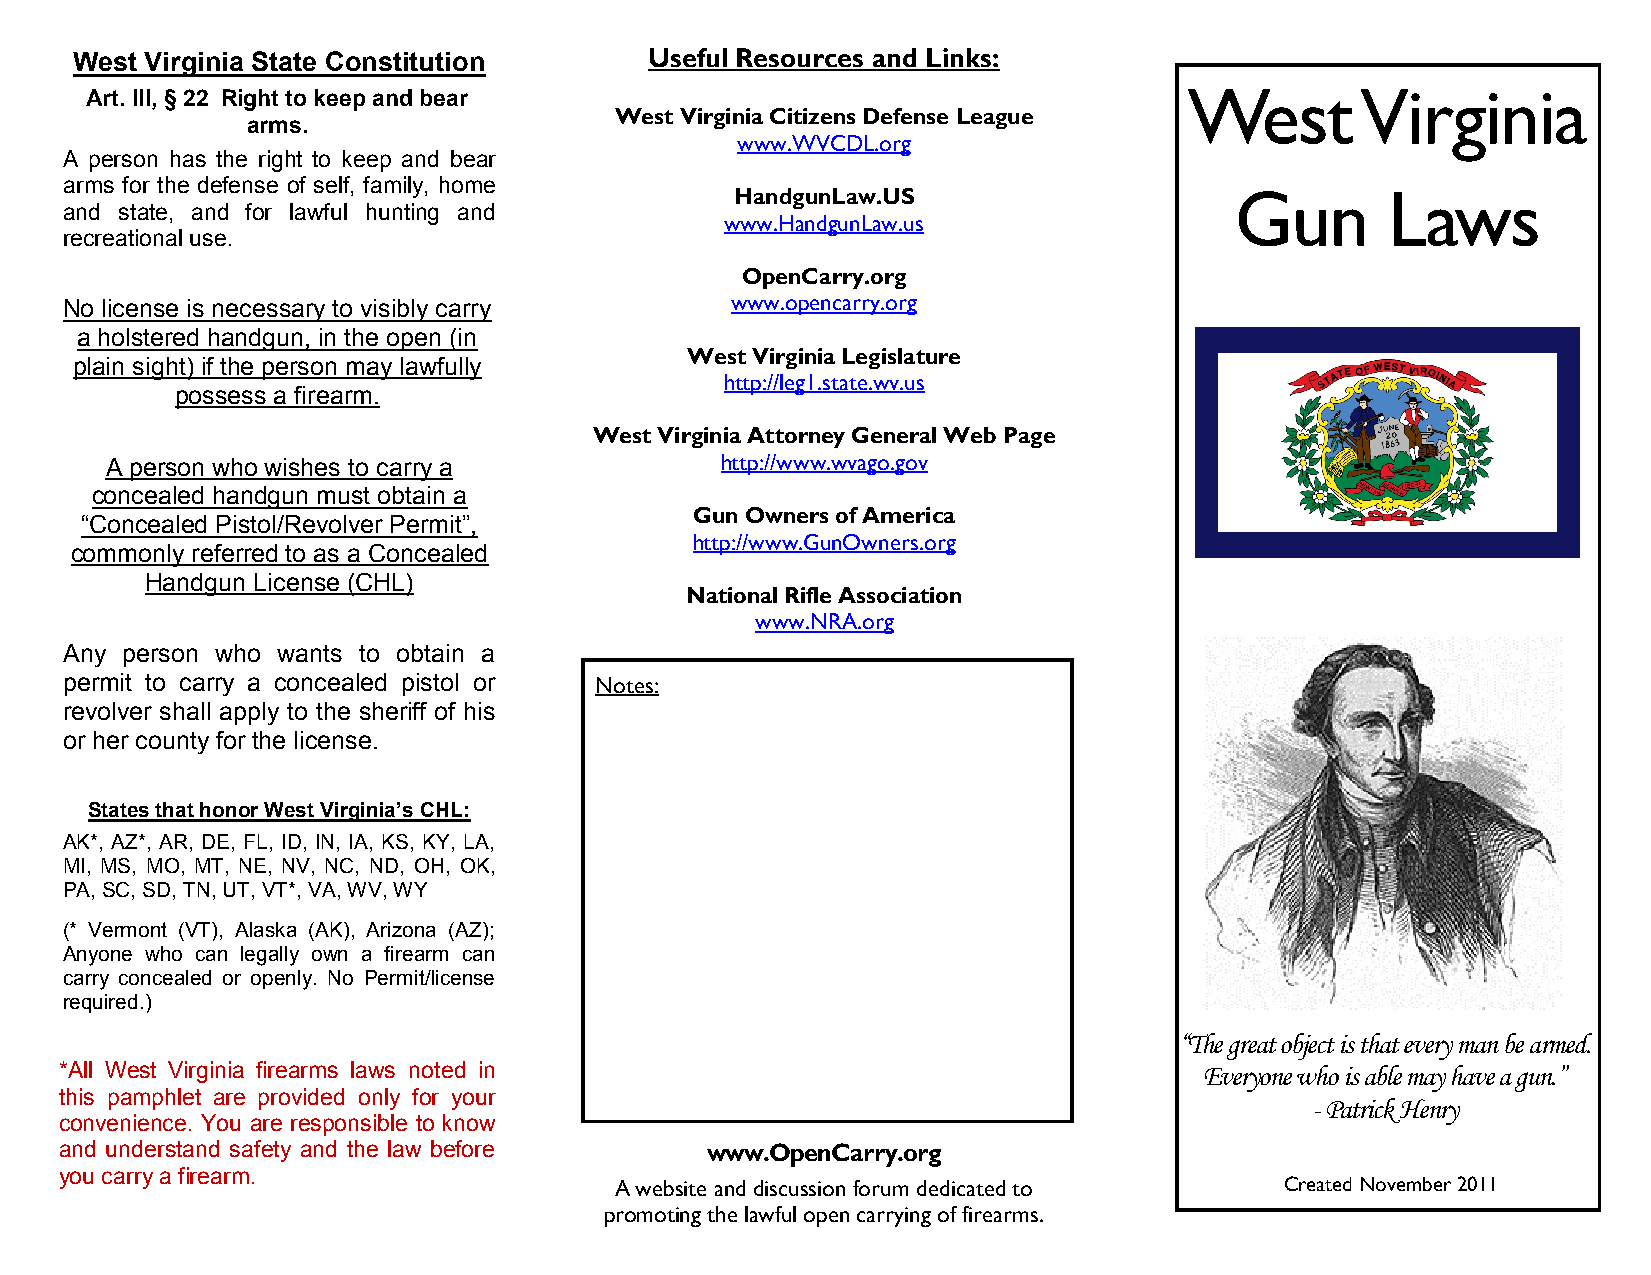
West Virginia State Constitution      Useful Resources and Links:
 Art. III, § 22 Right to keep and bear                                    West       Virginia
 West Virginia Citizens Defense League
 arms.
 www.WVCDL.org
 A person has the right to keep and bear
 arms for the defense of self, family, home
 HandgunLaw.US                    Gun       Laws
 and state, and for lawful hunting and
 www.HandgunLaw.us
 recreational use.
 OpenCarry.org
 No license is necessary to visibly carry    www.opencarry.org
 a holstered handgun, in the open (in
 West Virginia Legislature
 plain sight) if the person may lawfully
 http://leg1.state.wv.us
 possess a firearm.
 West Virginia Attorney General Web Page
 A person who wishes to carry a           http://www.wvago.gov
 concealed handgun must obtain a
 Gun Owners of America
 “Concealed Pistol/Revolver Permit”,
 http://www.GunOwners.org
 commonly referred to as a Concealed
 Handgun License (CHL)
 National Rifle Association
 www.NRA.org
 Any person who wants to obtain a
 permit to carry a concealed pistol or Notes:
 revolver shall apply to the sheriff of his
 or her county for the license.
 States that honor West Virginia’s CHL:
 AK*, AZ*, AR, DE, FL, ID, IN, IA, KS, KY, LA,
 MI, MS, MO, MT, NE, NV, NC, ND, OH, OK,
 PA, SC, SD, TN, UT, VT*, VA, WV, WY
 (* Vermont (VT), Alaska (AK), Arizona (AZ);
 Anyone who can legally own a firearm can
 carry concealed or openly. No Permit/license
 required.)
 “The great object is that every man be armed.
 *All West Virginia firearms laws noted in                                   Everyone who is able may have a gun.”
 this pamphlet are provided only for your
 - Patrick Henry
 convenience. You are responsible to know
 and understand safety and the law before   www.OpenCarry.org
 you carry a firearm.
 A website and discussion forum dedicated to Created November 2011
 promoting the lawful open carrying of firearms.